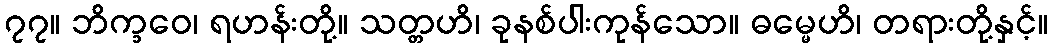
၇၇။ ဘိက္ခဝေ၊ ရဟန်းတို့။ သတ္တဟိ၊ ခုနစ်ပါးကုန်သော။ ဓမ္မေဟိ၊ တရားတို့နှင့်။